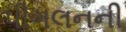
પીગલનની